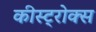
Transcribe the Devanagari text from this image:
कीस्ट्रोक्स